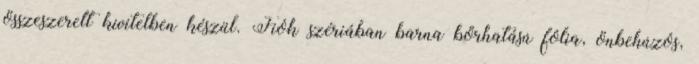
összeszerelt kivitelben készül. Fiók szériában barna bőrhatású fólia, önbehúzós,